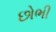
છોભી